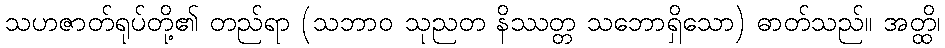
သဟဇာတ်ရုပ်တို့၏ တည်ရာ (သဘာဝ သုညတ နိဿတ္တ သဘောရှိသော) ဓာတ်သည်။ အတ္ထိ၊